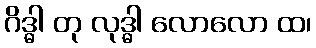
ဂိဒ္ဓါ တု လုဒ္ဓါ လောလော ထ၊